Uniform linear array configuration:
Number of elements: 12
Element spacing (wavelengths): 1
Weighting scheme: hamming
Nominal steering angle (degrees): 45
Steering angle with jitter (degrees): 44.642
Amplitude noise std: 0.05
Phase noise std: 0.05

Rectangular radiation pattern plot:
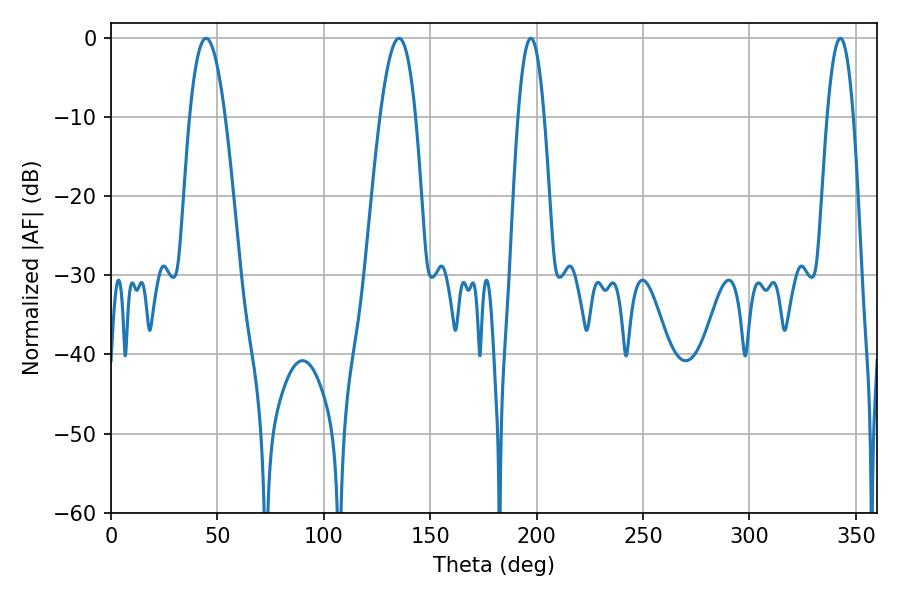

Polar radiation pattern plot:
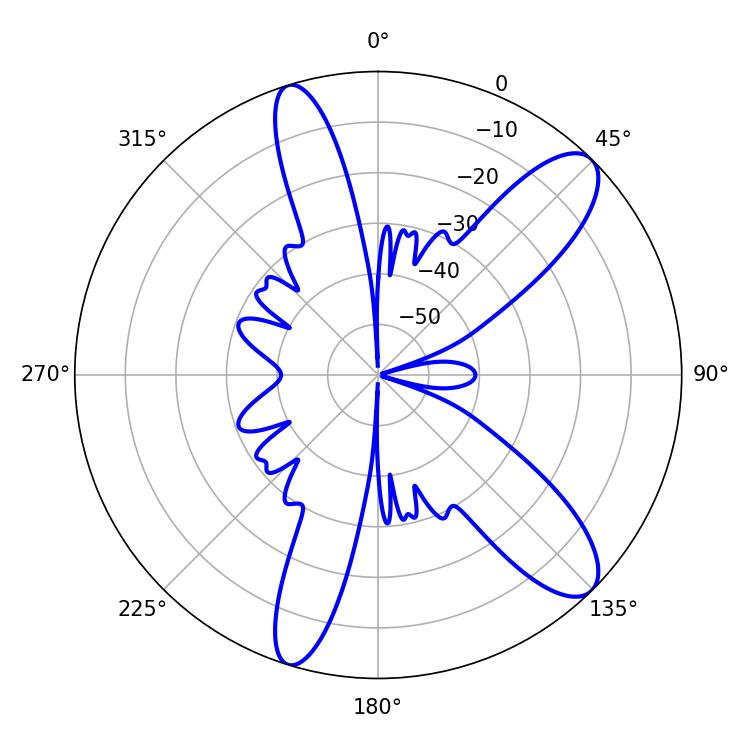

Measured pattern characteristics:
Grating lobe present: TRUE
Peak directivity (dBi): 10.79
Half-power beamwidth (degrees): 6.84
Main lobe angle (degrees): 197.28